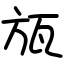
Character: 瓬